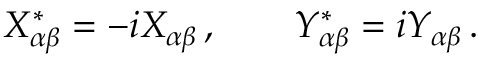
X _ { \alpha \beta } ^ { \ast } = - i X _ { \alpha \beta } \, , \qquad Y _ { \alpha \beta } ^ { \ast } = i Y _ { \alpha \beta } \, .